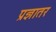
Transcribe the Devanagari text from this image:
प्रज्ञातर